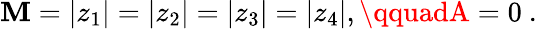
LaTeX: \mathbf{M}=|z_{1}|=|z_{2}|=|z_{3}|=|z_{4}|,\qquadA=0\ .